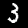
Label: 3